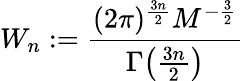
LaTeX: W_{n}\mathrel{\mathop:}=\frac{(2\pi)^{\frac{3n}{2}}M^{-\frac{3}{2}}}{\Gamma\big(\frac{3n}{2}\big)}